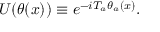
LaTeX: U ( \theta ( x ) ) \equiv e ^ { - i T _ { a } \theta _ { a } ( x ) } .